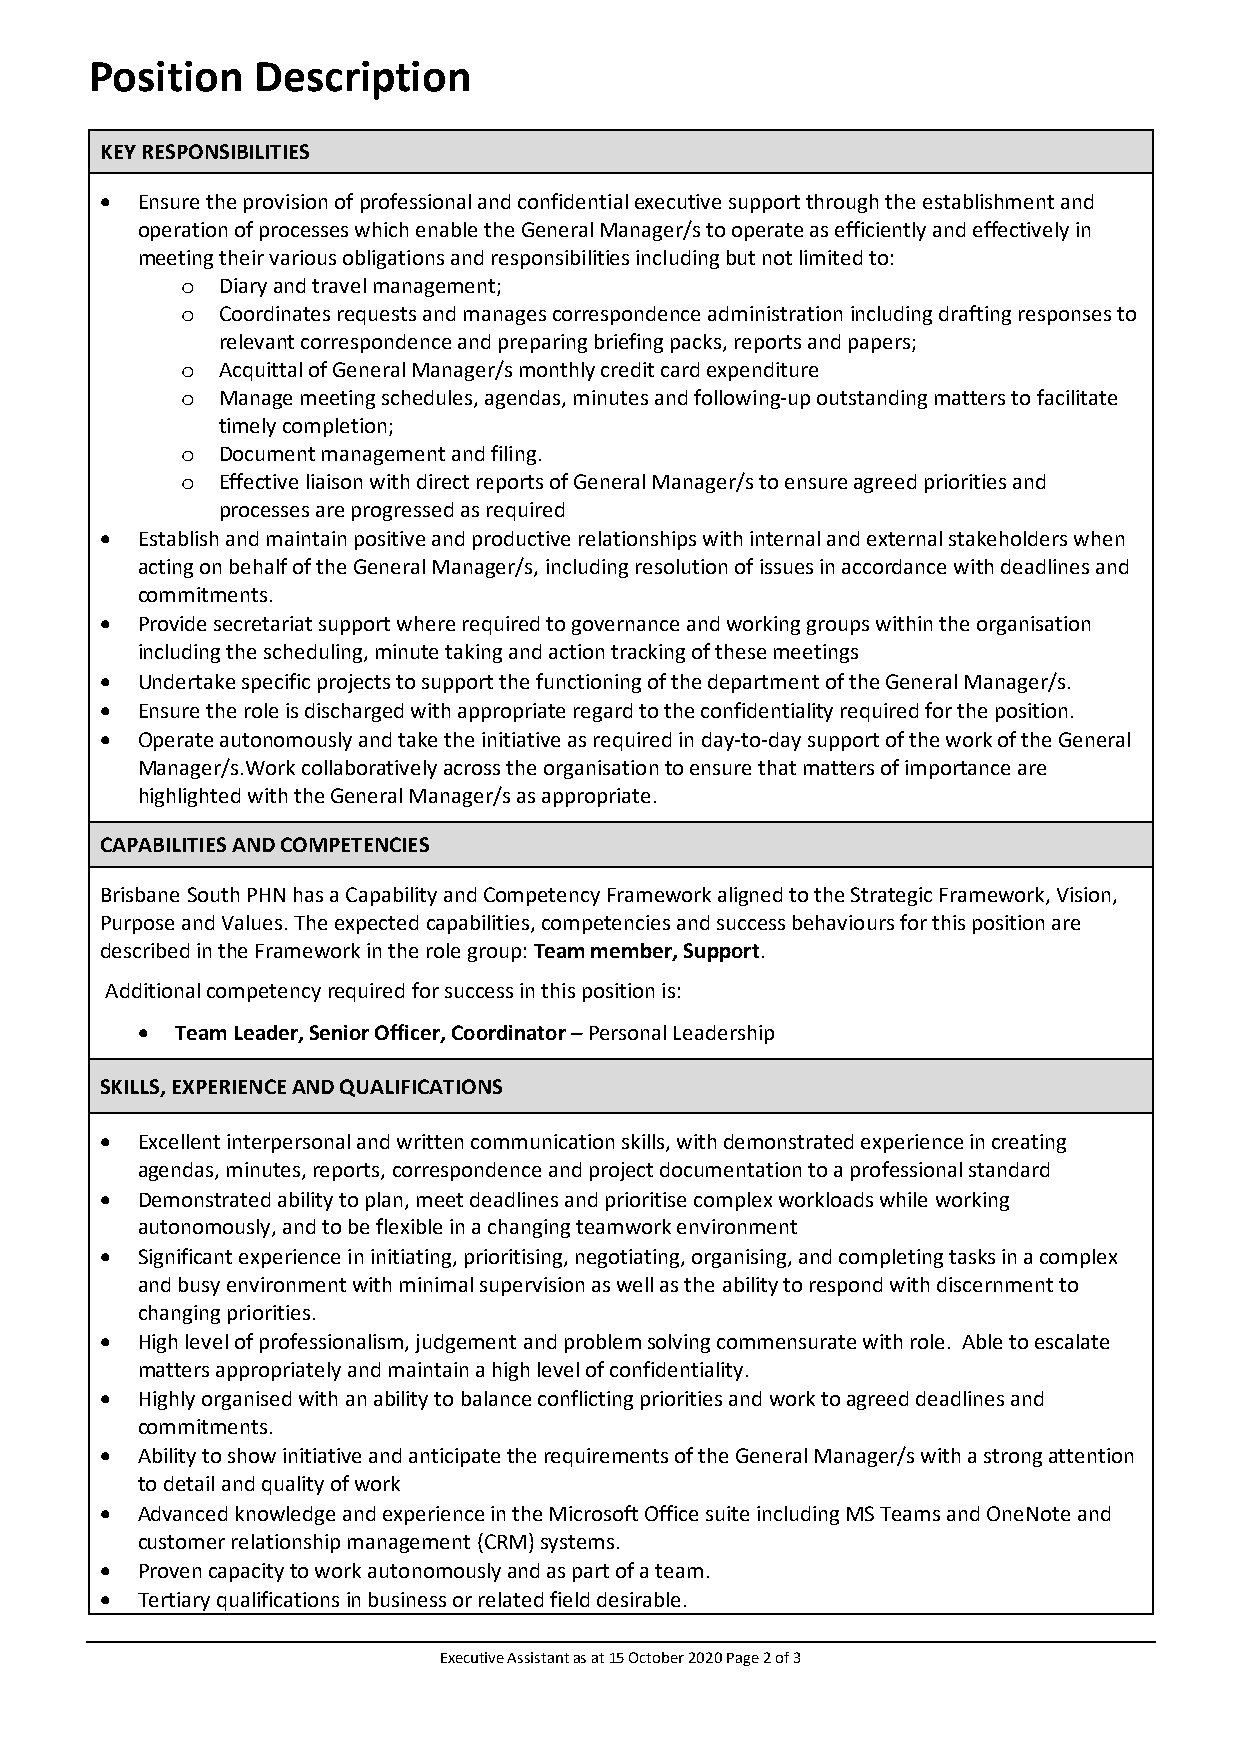
Position   Description
 KEY RESPONSIBILITIES
 • Ensure the provision of professional and confidential executive support through the establishment and
 operation of processes which enable the General Manager/s to operate as efficiently and effectively in
 meeting their various obligations and responsibilities including but not limited to:
 Diary and travel management;
 o
 Coordinates requests and manages correspondence administration including drafting responses to
 o
 relevant correspondence and preparing briefing packs, reports and papers;
 Acquittal of General Manager/s monthly credit card expenditure
 o
 Manage meeting schedules, agendas, minutes and following-up outstanding matters to facilitate
 o
 timely completion;
 Document management and filing.
 o
 Effective liaison with direct reports of General Manager/s to ensure agreed priorities and
 o
 processes are progressed as required
 • Establish and maintain positive and productive relationships with internal and external stakeholders when
 acting on behalf of the General Manager/s, including resolution of issues in accordance with deadlines and
 commitments.
 • Provide secretariat support where required to governance and working groups within the organisation
 including the scheduling, minute taking and action tracking of these meetings
 • Undertake specific projects to support the functioning of the department of the General Manager/s.
 • Ensure the role is discharged with appropriate regard to the confidentiality required for the position.
 • Operate autonomously and take the initiative as required in day-to-day support of the work of the General
 Manager/s.Work collaboratively across the organisation to ensure that matters of importance are
 highlighted with the General Manager/s as appropriate.
 CAPABILITIES AND COMPETENCIES
 Brisbane South PHN has a Capability and Competency Framework aligned to the Strategic Framework, Vision,
 Purpose and Values. The expected capabilities, competencies and success behaviours for this position are
 described in the Framework in the role group: Team member, Support.
 Additional competency required for success in this position is:
 •  Team Leader, Senior Officer, Coordinator – Personal Leadership
 SKILLS, EXPERIENCE AND QUALIFICATIONS
 • Excellent interpersonal and written communication skills, with demonstrated experience in creating
 agendas, minutes, reports, correspondence and project documentation to a professional standard
 • Demonstrated ability to plan, meet deadlines and prioritise complex workloads while working
 autonomously, and to be flexible in a changing teamwork environment
 • Significant experience in initiating, prioritising, negotiating, organising, and completing tasks in a complex
 and busy environment with minimal supervision as well as the ability to respond with discernment to
 changing priorities.
 • High level of professionalism, judgement and problem solving commensurate with role. Able to escalate
 matters appropriately and maintain a high level of confidentiality.
 • Highly organised with an ability to balance conflicting priorities and work to agreed deadlines and
 commitments.
 • Ability to show initiative and anticipate the requirements of the General Manager/s with a strong attention
 to detail and quality of work
 • Advanced knowledge and experience in the Microsoft Office suite including MS Teams and OneNote and
 customer relationship management (CRM) systems.
 • Proven capacity to work autonomously and as part of a team.
 • Tertiary qualifications in business or related field desirable.
 Executive Assistant as at 15 October 2020 Page 2 of 3